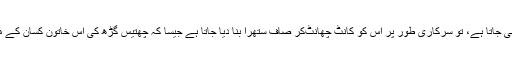
یا پھر کسی طرح پہنچ بھی جاتا ہے، تو سرکاری طور پر اس کو کانٹ چھانٹ‌کر صاف ستھرا بنا دیا جاتا ہے جیسا کہ چھتیس گڑھ کی اس خاتون کسان کے معاملے میں ہم نے دیکھا۔